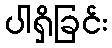
ပါရှိခြင်း